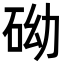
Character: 𥑑